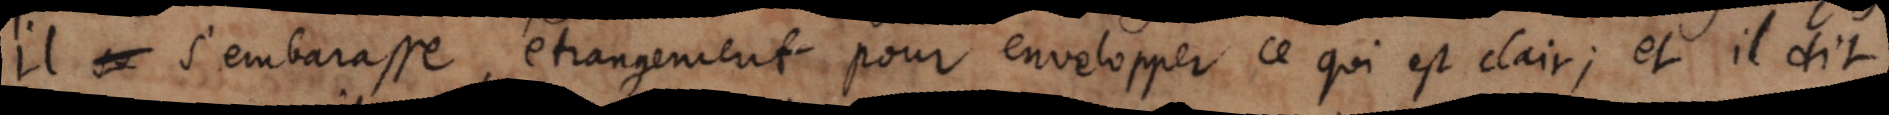
il se s’embarasse, étrangement pour envelopper ce qui est clair, et il dit